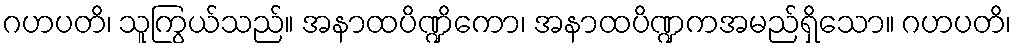
ဂဟပတိ၊ သူကြွယ်သည်။ အနာထပိဏ္ဍိကော၊ အနာထပိဏ္ဍကအမည်ရှိသော။ ဂဟပတိ၊